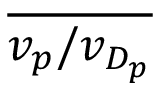
\overline { { v _ { p } / v _ { D _ { p } } } }